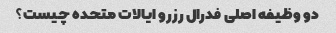
دو وظیفه اصلی فدرال رزرو ایالات متحده چیست؟